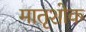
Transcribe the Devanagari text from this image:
मातृशोक